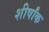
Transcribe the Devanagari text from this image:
शीर्षांक